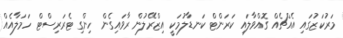
މަރުކަޒުގައި އެއްޗެއް ގޮއްވާލައި ކަރަންޓް ކަނޑާލުމަކީ އިޒްރޭލުން ރާވައިގެން ހިންގި ޓެރަރިސްޓް ހަމަލާއެއް